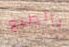
بالطبع